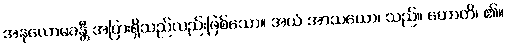
အနုလောမခန္တီ အပြားရှိသည်လည်းဖြစ်သော။ အယံ အာသယော၊ သည်။ ဟောတိ၊ ၏။